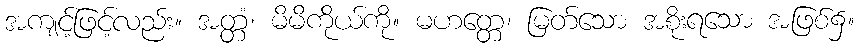
အကျင့်ဖြင့်လည်း။ အတ္တံ၊ မိမိကိုယ်ကို။ မဟတ္တေ၊ မြတ်သော အစိုးရသော အဖြစ်၌။